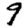
Digit: 9